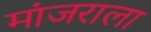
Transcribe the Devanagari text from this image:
मांजराला